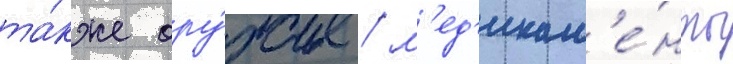
та́кже ору́жие / м'ед'икам'е́нты